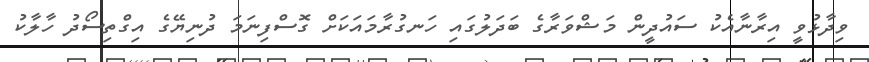
ވިދާޅުވީ އިރާނާއެކު ސައުދީން މަޝްވަރާގެ ބަދަލުގައި ހަނގުރާމައަކަށް ގޮސްފިނަމަ ދުނިޔޭގެ އިގްތިސޯދު ހާލާކު